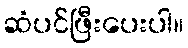
ဆံပင်ဖြီးပေးပါ။